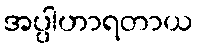
အပ္ပါဟာရတာယ